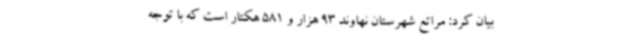
بیان کرد: مراتع شهرستان نهاوند 93 هزار و 581 هکتار است که با توجه